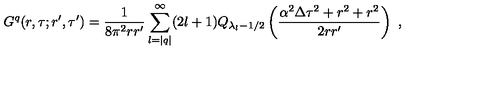
G ^ { q } ( r , \tau ; r ^ { \prime } , \tau ^ { \prime } ) = \frac 1 { 8 \pi ^ { 2 } r r ^ { \prime } } \sum _ { l = | q | } ^ { \infty } ( 2 l + 1 ) Q _ { \lambda _ { l } - 1 / 2 } \left( \frac { \alpha ^ { 2 } \Delta \tau ^ { 2 } + r ^ { 2 } + r ^ { 2 } } { 2 r r ^ { \prime } } \right) \ ,